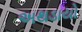
અથડાયો